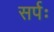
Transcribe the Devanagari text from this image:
सर्पः